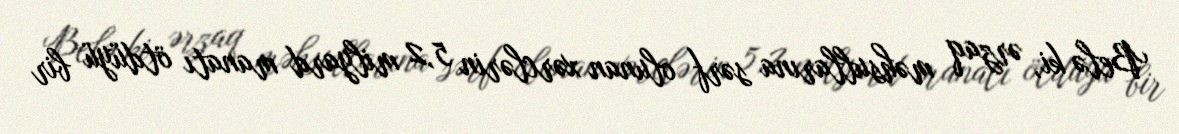
Belə ki, ərzaq məhsullarına sərf olunan xərclərin 5,2 milyard manatı ötdüyü bir